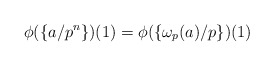
\begin{align*}\phi(\{a/p^n\})(1)=\phi(\{\omega_p(a)/p\})(1) \end{align*}